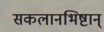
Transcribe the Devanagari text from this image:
सकलानभिष्टान्